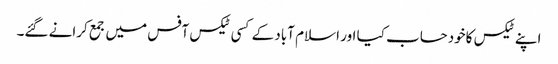
اپنے ٹیکس کاخودحساب کیا اور اسلام آباد کے کسی ٹیکس آفس میں جمع کرانے گئے۔